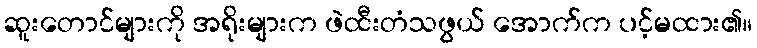
ဆူးတောင်များကို အရိုးများက ဖဲထီးတံသဖွယ် အောက်က ပင့်မထား၏။